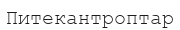
Питекантроптар